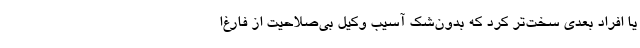
یا افراد بعدی سخت‌تر کرد که بدون‌شک آسیب وکیل بی‌صلاحیت از فارغ‌ا